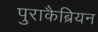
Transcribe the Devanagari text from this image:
पुराकैब्रियन